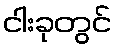
ငါးခုတွင်